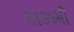
કાઝમી